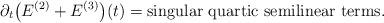
LaTeX: \begin{align*}\partial_t \big( E^{(2)} + E^{(3)} \big)(t) = \mbox{singular quartic semilinear terms} .\end{align*}